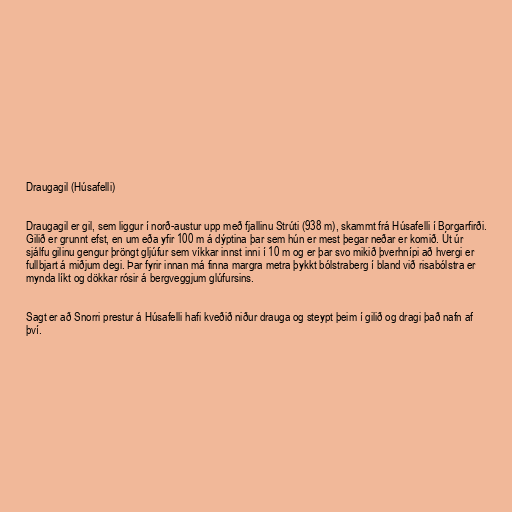
Draugagil (Húsafelli)

Draugagil er gil, sem liggur í norð-austur upp með fjallinu Strúti (938 m), skammt frá Húsafelli í Borgarfirði.
Gilið er grunnt efst, en um eða yfir 100 m á dýptina þar sem hún er mest þegar neðar er komið. Út úr
sjálfu gilinu gengur þröngt gljúfur sem víkkar innst inni í 10 m og er þar svo mikið þverhnípi að hvergi er
fullbjart á miðjum degi. Þar fyrir innan má finna margra metra þykkt bólstraberg í bland við risabólstra er
mynda líkt og dökkar rósir á bergveggjum glúfursins.

Sagt er að Snorri prestur á Húsafelli hafi kveðið niður drauga og steypt þeim í gilið og dragi það nafn af
því.